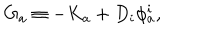
G _ { a } \equiv - K _ { a } + D _ { i } \phi _ { a } ^ { i } ,